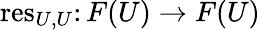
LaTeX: \operatorname{res}_{U,U}\colon F(U)\rightarrow F(U)